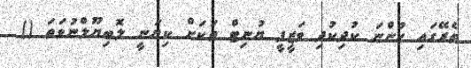
ތެރޭގައި ހުންނަ ކުދިކުދި ވަޒީފީ ޔުނިޓް ތަކަށް ކިޔަނީ ލޮބިޔޫލްނުވަތަ ()